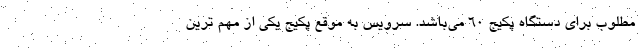
مطلوب برای دستگاه پکیج ۶۰ می‌باشد. سرویس به موقع پکیج یکی از مهم ترین